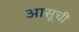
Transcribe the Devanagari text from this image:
आसूची